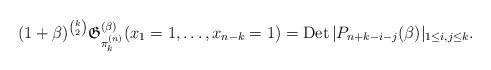
\begin{gather*} (1+\beta)^{{k \choose 2}} \mathfrak{G}_{\pi_{k}^{(n)}}^{(\beta)}(x_1=1,\ldots,x_{n-k}=1) =\operatorname{Det} \vert P_{n+k-i-j}(\beta) \vert_{1 \le i,j \le k}.\end{gather*}